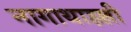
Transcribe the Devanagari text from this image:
नागाथाहल्ली